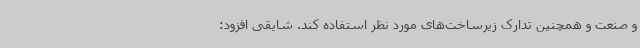
و صنعت و همچنین تدارک زیرساخت‌های مورد نظر استفاده کند. شایقی افزود: